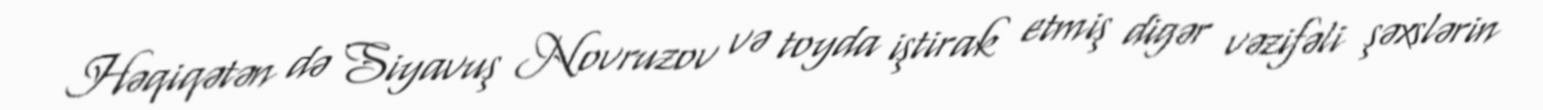
Həqiqətən də Siyavuş Novruzov və toyda iştirak etmiş digər vəzifəli şəxslərin